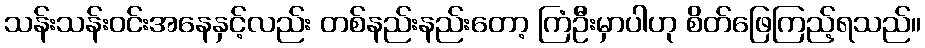
သန်းသန်းဝင်းအနေနှင့်လည်း တစ်နည်းနည်းတော့ ကြံဦးမှာပါဟု စိတ်ဖြေကြည့်ရသည်။